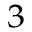
^ 3